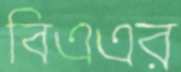
বিএএর